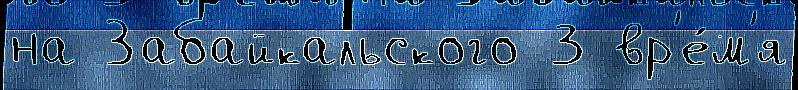
на Забайкальского 3 вр'е́м'я